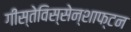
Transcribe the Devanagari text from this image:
गीस्तेविस्सेन्शाफ्टन